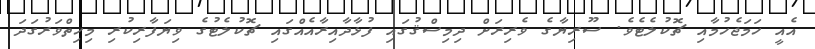
އެއީ ހަމަޖެހުމާއި ޗޮކުލެޓެވެ. ސޫރިޔާގެ ވެރިރަށް ދިމިސްޤުގައި ފުޅާދާއިރާއެއްގައި ޗޮކުލެޓުގެ ވިޔަފާރިކުރި މިހިތްވަރުގަދަ